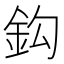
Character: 鈎